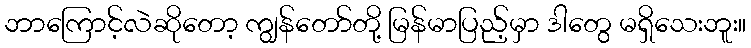
ဘာကြောင့်လဲဆိုတော့ ကျွန်တော်တို့ မြန်မာပြည့်မှာ ဒါတွေ မရှိသေးဘူး။